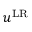
u ^ { \mathrm { L R } }